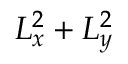
L _ { x } ^ { 2 } + L _ { y } ^ { 2 }